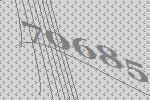
70685